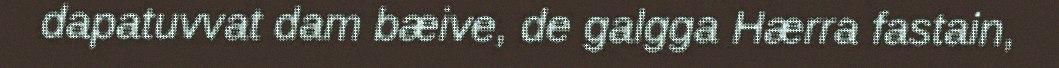
dapatuvvat dam bæive, de galgga Hærra fastain,